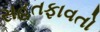
સહતફાવતો